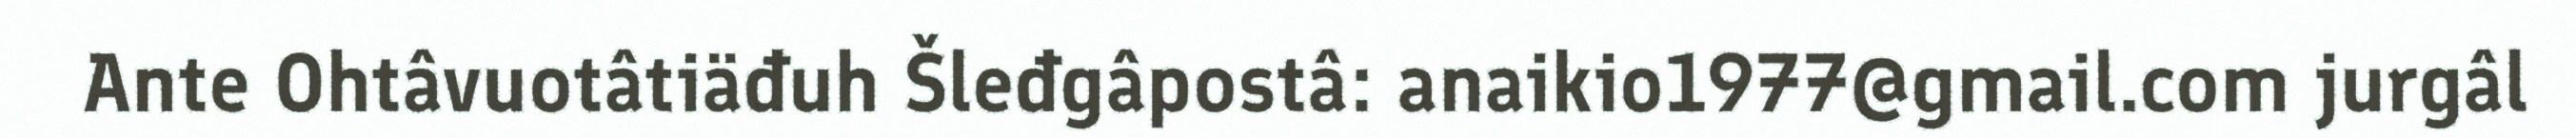
Ante Ohtâvuotâtiäđuh Šleđgâpostâ: anaikio1977@gmail.com jurgâl